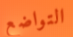
التواضع